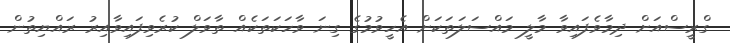
ގްރީސްއަށް ދިމާވެފައިވާ މާލީ މައްސަލަތަކަށް އެހީވުމުގެ ގިނަ ވާހަކަތަކެއް ތާވަލް ކުރެވިފައިވާއިރު ރައްޔިތުން